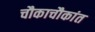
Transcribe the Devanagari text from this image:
चौकाचौकांत